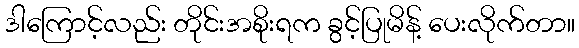
ဒါကြောင့်လည်း တိုင်းအစိုးရက ခွင့်ပြုမိန့် ပေးလိုက်တာ။